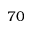
7 0